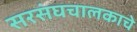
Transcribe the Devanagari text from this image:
सरसंघचालकाचे